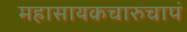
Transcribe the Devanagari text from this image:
महासायकचारुचापं